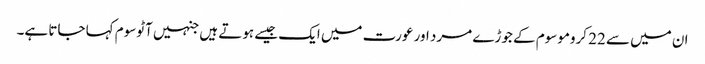
ان میں سے 22 کروموسوم کے جوڑے مرد اور عورت میں ایک جیسے ہوتے ہیں جنہیں آٹوسوم کہا جاتا ہے۔